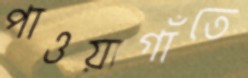
পাওয়াগাঁতে